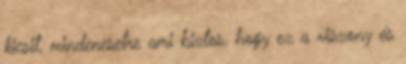
kicsit, mindenesetre ami biztos, hogy ez a viszony és